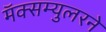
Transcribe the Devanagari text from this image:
मॅक्सम्युलरने